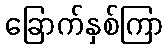
ခြောက်နှစ်ကြာ